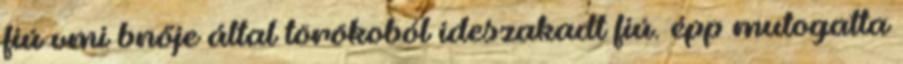
fiú vmi bnője által törökoból ideszakadt fiú. épp mutogatta